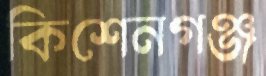
কিশেনগঞ্জ